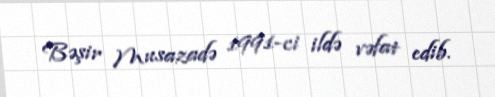
Bəşir Musazadə 1991-ci ildə vəfat edib.